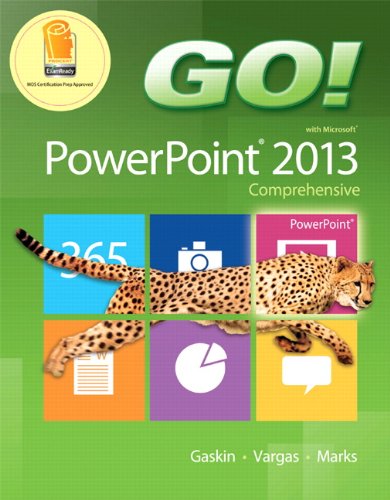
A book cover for GO! with Microsoft PowerPoint 2013 Comprehensive; Shelley Gaskin; Computers & Technology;